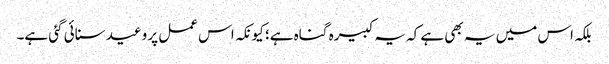
بلکہ اس میں یہ بھی ہے کہ یہ کبیرہ گناہ ہے؛ کیونکہ اس عمل پر وعید سنائی گئی ہے۔